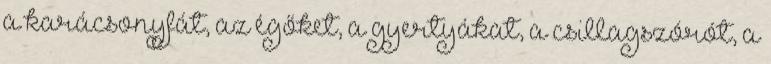
a karácsonyfát, az égőket, a gyertyákat, a csillagszórót, a